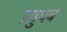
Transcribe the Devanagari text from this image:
ब्र्युपब